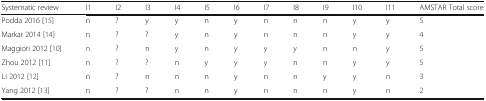
| Systematic review | I1 | I2 | I3 | I4 | I5 | I6 | I7 | I8 | I9 | I10 | I11 | AMSTAR Total score |
 | --- | --- | --- | --- | --- | --- | --- | --- | --- | --- | --- | --- | --- |
 | Podda 2016 [15] | n | ? | y | y | n | y | n | n | n | y | y | 5 |
 | Markar 2014 [14] | n | ? | ? | y | n | y | n | n | n | y | y | 4 |
 | Maggiori 2012 [10] | n | ? | n | y | n | y | y | y | n | n | y | 5 |
 | Zhou 2012 [11] | n | ? | ? | n | y | y | y | n | n | y | y | 5 |
 | Li 2012 [12] | n | ? | n | n | n | y | n | n | y | y | n | 3 |
 | Yang 2012 [13] | n | ? | ? | n | n | y | n | n | n | y | n | 2 |